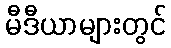
မီဒီယာများတွင်